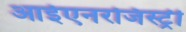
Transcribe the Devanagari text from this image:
आईएनरजिस्ट्री